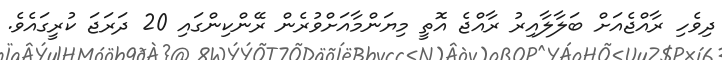
ދިވެހި ރާއްޖެއަށް ބަލާލާއިރު ރާއްޖެ އޮތީ މިޔަންމާއަށްވުރެން ރޭންކިންގައި 20 ދަރަޖަ ކުރީގައެވެ.